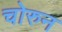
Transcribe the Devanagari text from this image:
चोरुन